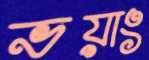
ভয়াং